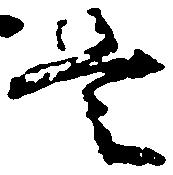
是